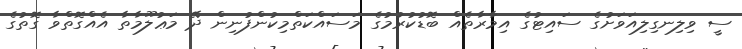
ސީ ވިލިނގިލިއަވަށުގެ ސައިޓުގެ އިމާރާތެއް ބޮޑުކުރުމުގެ މަސައްކަތްމިކުންފުނިން ދޭ މަޢުލޫމާތާ އެއްގޮތްވާ ގޮތުގެ